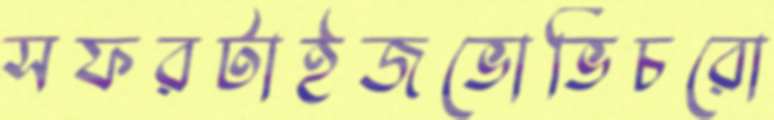
সফরটাইজভোভিচরো